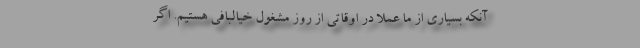
آنکه بسیاری از ما عملا در اوقاتی از روز مشغول خیالبافی هستیم. اگر